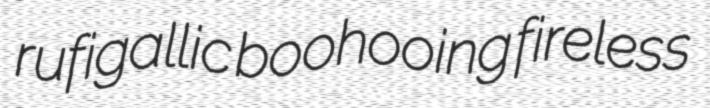
rufigallic boohooing fireless